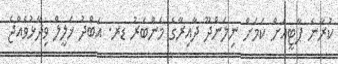
ކުރާނެ ޕާޓީއަށް ކަމަށް ނިލަންދޫ ދާއިރާގެ މެންބަރު ޑރ. އަބްދު ޚަލީލް ވިދާޅުވެއްޖެ